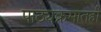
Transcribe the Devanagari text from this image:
पाठ्यक्रमातही